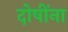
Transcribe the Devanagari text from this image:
दोषींना